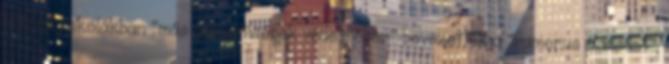
a középiskolákban "más nemzetiségek védelmében" bevezették a "numerus clausust",